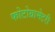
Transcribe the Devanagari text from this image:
फोटोग्रामेटरी